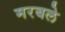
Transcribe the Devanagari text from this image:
मरबले